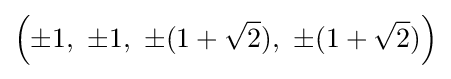
\left(\pm 1,\ \pm 1,\ \pm (1+{\sqrt {2}}),\ \pm (1+{\sqrt {2}})\right)